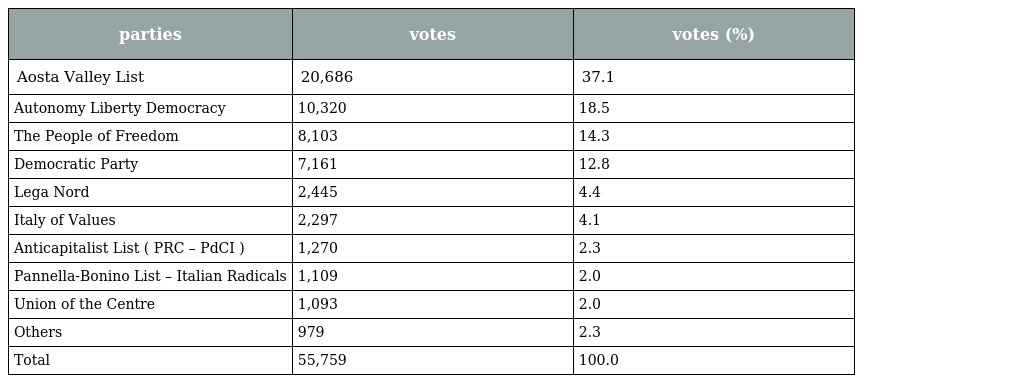
| parties | votes | votes (%) |
 | --- | --- | --- |
 | Aosta Valley List | 20,686 | 37.1 |
 | Autonomy Liberty Democracy | 10,320 | 18.5 |
 | The People of Freedom | 8,103 | 14.3 |
 | Democratic Party | 7,161 | 12.8 |
 | Lega Nord | 2,445 | 4.4 |
 | Italy of Values | 2,297 | 4.1 |
 | Anticapitalist List ( PRC – PdCI ) | 1,270 | 2.3 |
 | Pannella-Bonino List – Italian Radicals | 1,109 | 2.0 |
 | Union of the Centre | 1,093 | 2.0 |
 | Others | 979 | 2.3 |
 | Total | 55,759 | 100.0 |